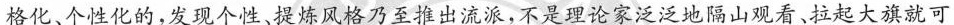
格化、个性化的，发现个性、提炼风格乃至推出流派，不是理论家泛泛地隔山观看、拉起大旗就可